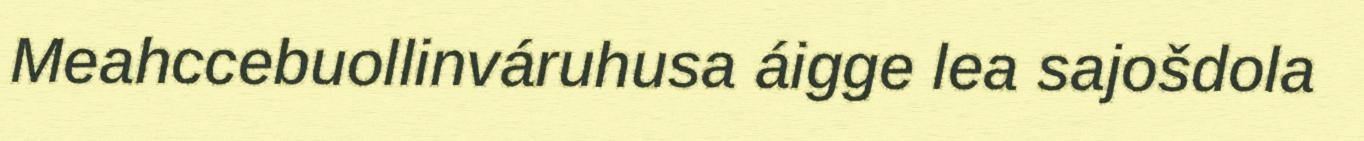
Meahccebuollinváruhusa áigge lea sajošdola